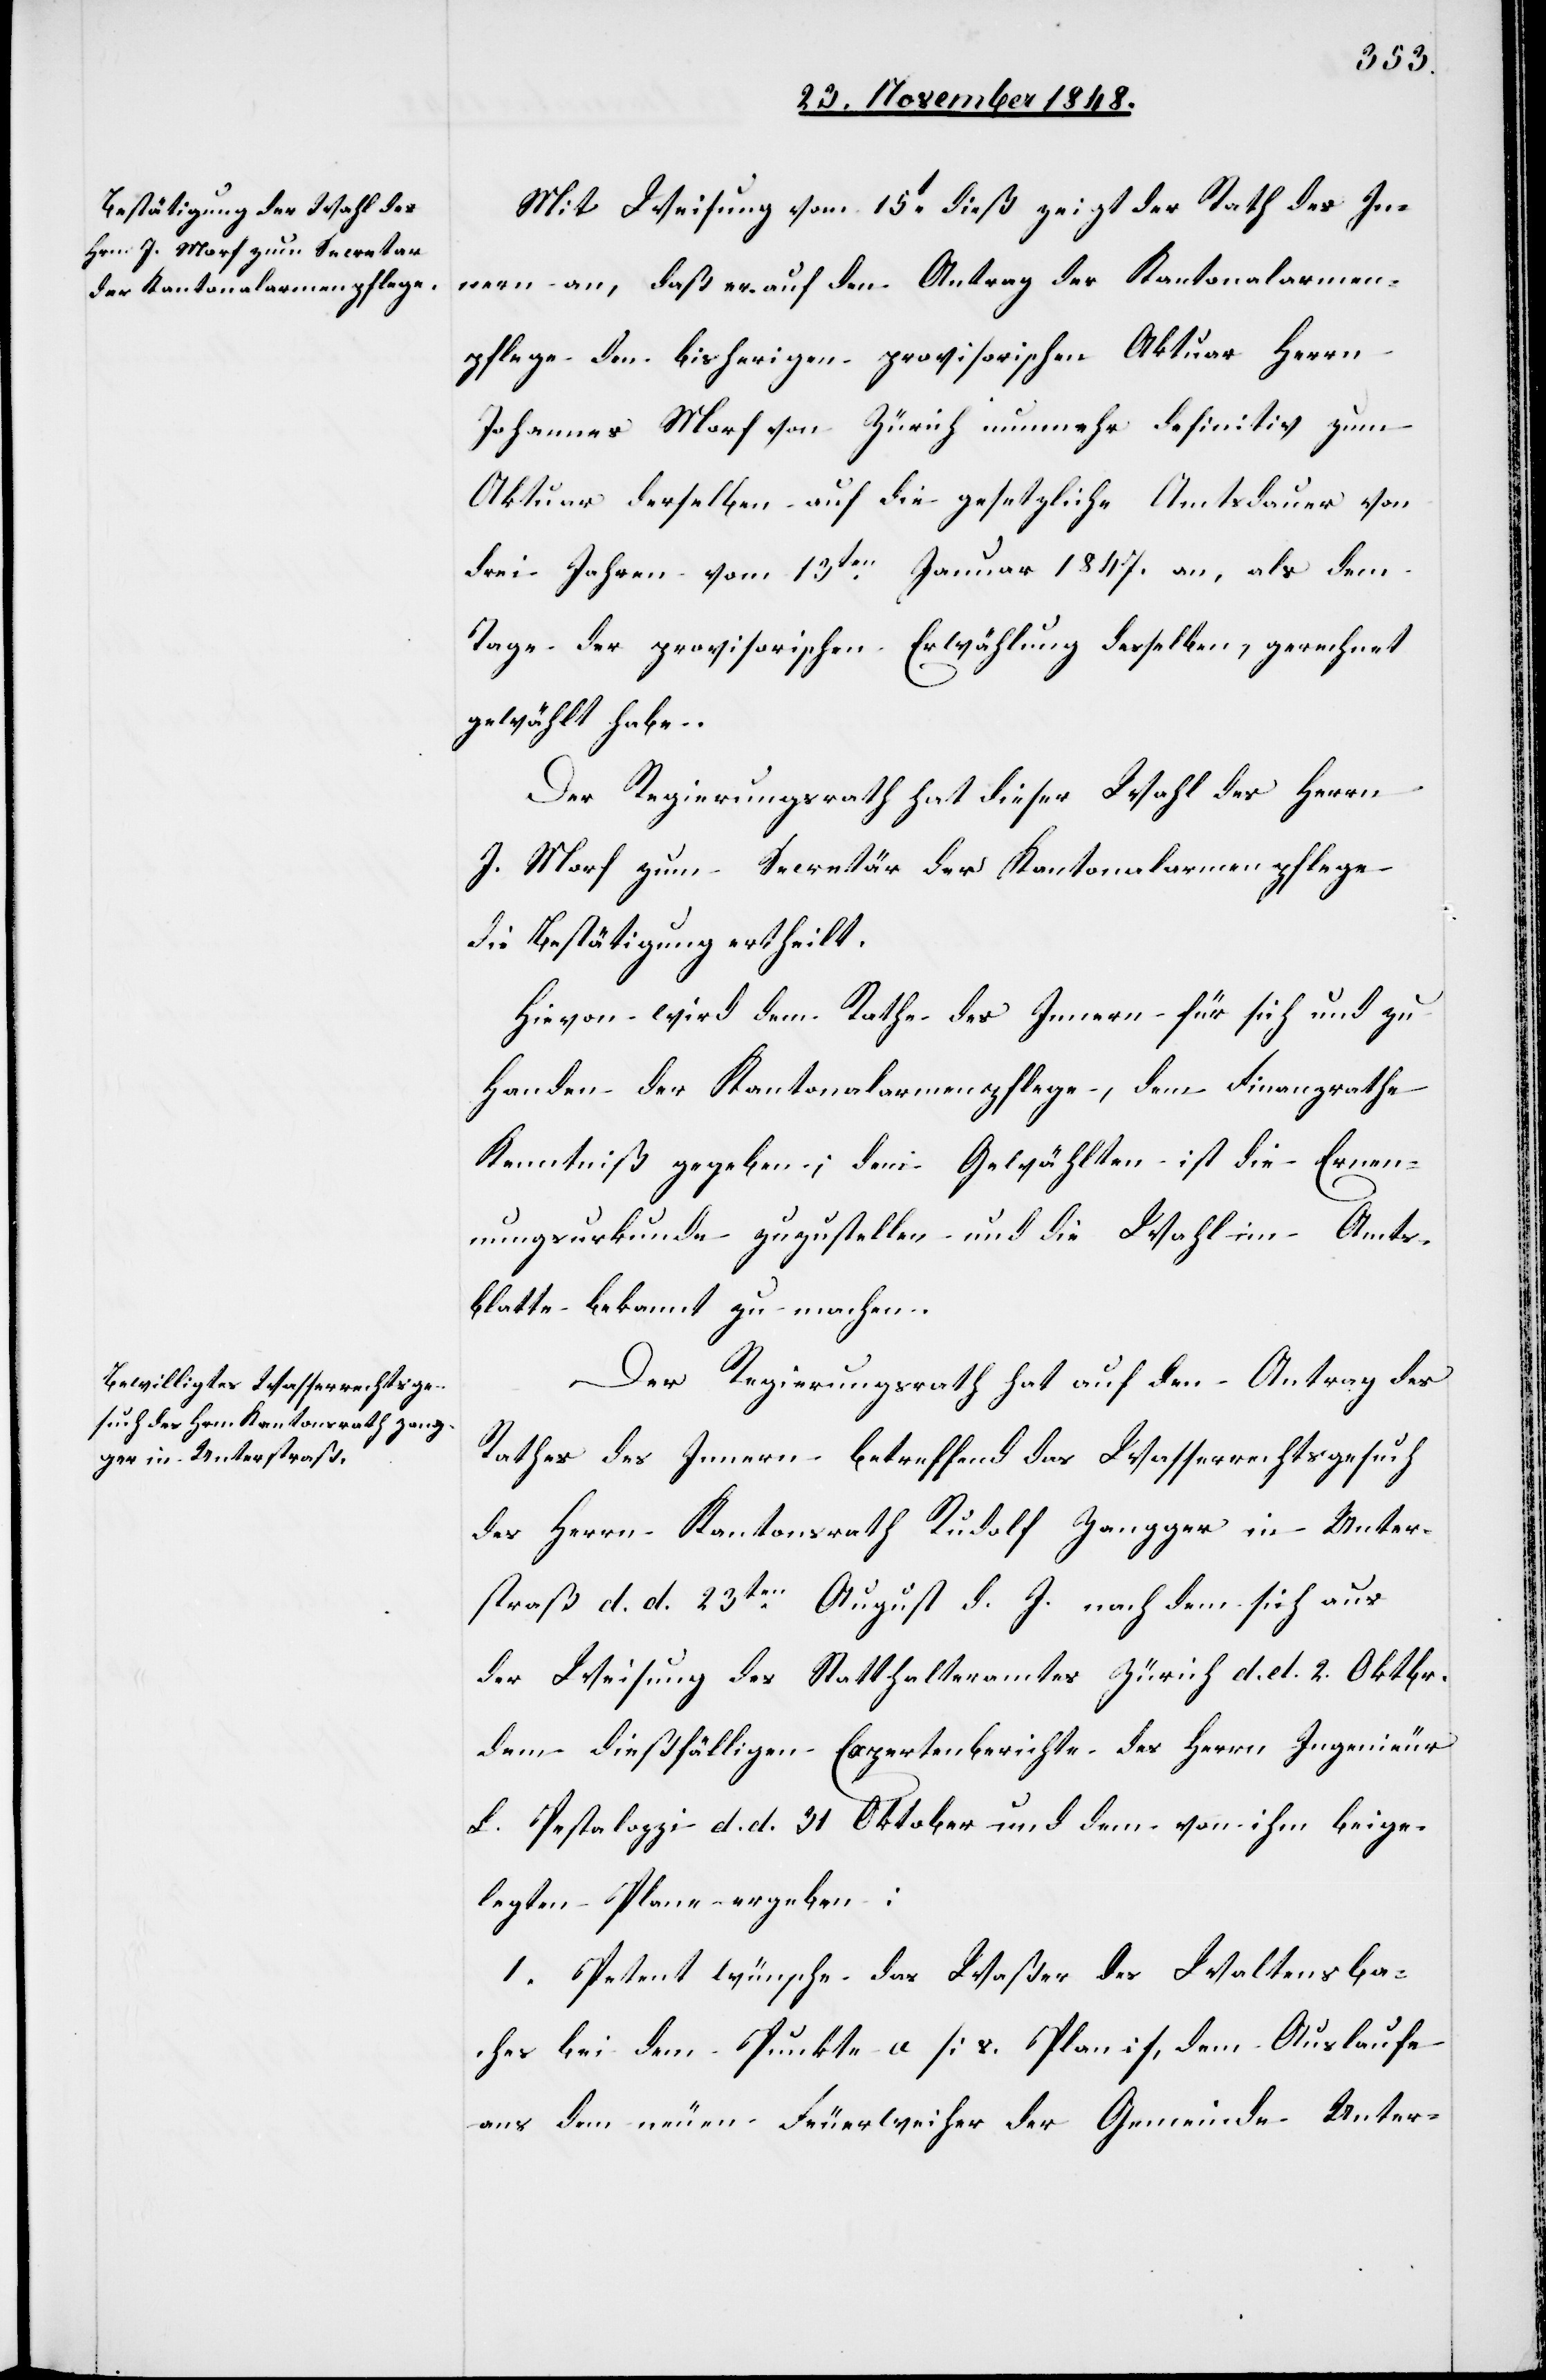
Mit Weisung vom 15t dieß zeigt der Rath des In¬
nern an, daß er auf den Antrag der Kantonalarmen¬
pflege den bisherigen provisorischen Aktuar Herrn
Johannes Morf von Zürich nunmehr definitiv zum
Aktuar derselben auf die gesetzliche Amtsdauer von
drei Jahren vom 13ten Januar 1847. an, als dem
Tage der provisorischen Erwählung desselben, gerechnet
gewählt habe.
Der Regierungsrath hat dieser Wahl des Herrn
J. Morf zum Secretär der Kantonalarmenpflege
die Bestätigung ertheilt.
Hievon wird dem Rathe des Innern für sich und zu
Handen der Kantonalarmenpflege, dem Finanzrathe
Kenntniß gegeben; dem Gewählten ist die Ernen¬
nungsurkunde zuzustellen und die Wahl im Amts¬
blatte bekannt zu machen.
Der Regierungsrath hat auf den Antrag des
Rathes des Innern betreffend das Wasserrechtsgesuch
des Herrn Kantonsrath Rudolf Zangger in Unter¬
straß d. d. 23ten August d. J. nach dem sich aus
der Weisung des Statthalteramtes Zürich d. d. 2. Oktbr.
dem dießfälligen Expertenberichte des Herrn Ingenieur
L. Pestalozzi d. d. 31 Oktober und dem von ihm beige¬
legten Plane ergeben:
1. Petent wünsche das Waßer des Waltensba¬
ches bei dem Punkte a [s. Plan], dem Auslaufe
aus dem neuen Feuerweiher der Gemeinde Unter-